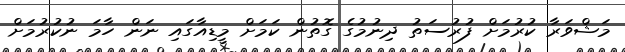
މަޝްވަރާ ކުރުމަށް ފުރުސަތު ދިނުމުގެ ގޮތުން ކަމަށް މީޑިއާގައި ނަން ހާމަ ނުކުރުމަށް